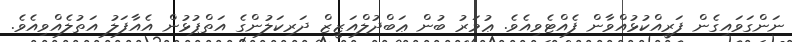
ނަންގަވައިގެން ފަރީއްކުޅުއްވާން ފެއްޓެވިއެވެ. ޢުމަރު ބުން ޢަބްދުލްއަޒީޒް ދަރިކަލުންގެ އަތްޕުޅުން އެއާފަލު އަތުލެއްވިއެވެ.